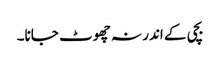
بچی کے اندر نہ چھوٹ جانا۔